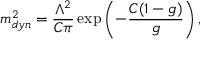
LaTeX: m _ { d y n } ^ { 2 } = \frac { \Lambda ^ { 2 } } { C \pi } \exp \left( - \frac { C ( 1 - g ) } { g } \right) ,